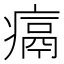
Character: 𪽶